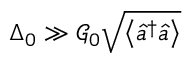
\Delta _ { 0 } \gg \mathcal { G } _ { 0 } \sqrt { \left\langle \hat { a } ^ { \dagger } \hat { a } \right\rangle }